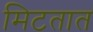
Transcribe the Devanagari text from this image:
मिटतात